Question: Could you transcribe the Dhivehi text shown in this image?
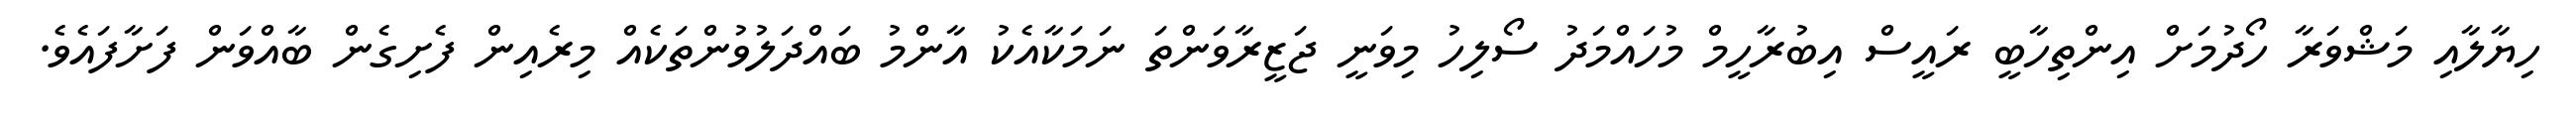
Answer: ހިޔާލާއި މަޝްވަރާ ހޯދުމަށް އިންތިހާބީ ރައީސް އިބުރާހީމް މުހައްމަދު ސޯލިހު މިވަނީ ޖަޒީރާވަންތަ ނަމަކާއެކު އާންމު ބައްދަލުވުންތަކެއް މިރެއިން ފެށިގެން ބާއްވަން ފަށާފައެވެ.